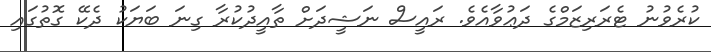
ކުރެވުނު ޓެރަރިޒަމްގެ ދަޢުވާއެވެ. ރައީސް ނަޝީދަށް ތާއީދުކުރާ ގިނަ ބަޔަކު ދެކޭ ގޮތުގައި